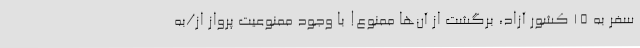
سفر به ۱۵ کشور آزاد، برگشت از آن‌ها ممنوع! با وجود ممنوعیت پرواز از/به